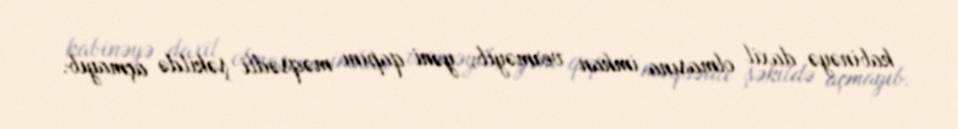
kabinəyə daxil olmasına imkan verməyib, yəni qapını məqsədli şəkildə açmayıb.